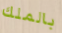
بالملك